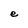
Character: e